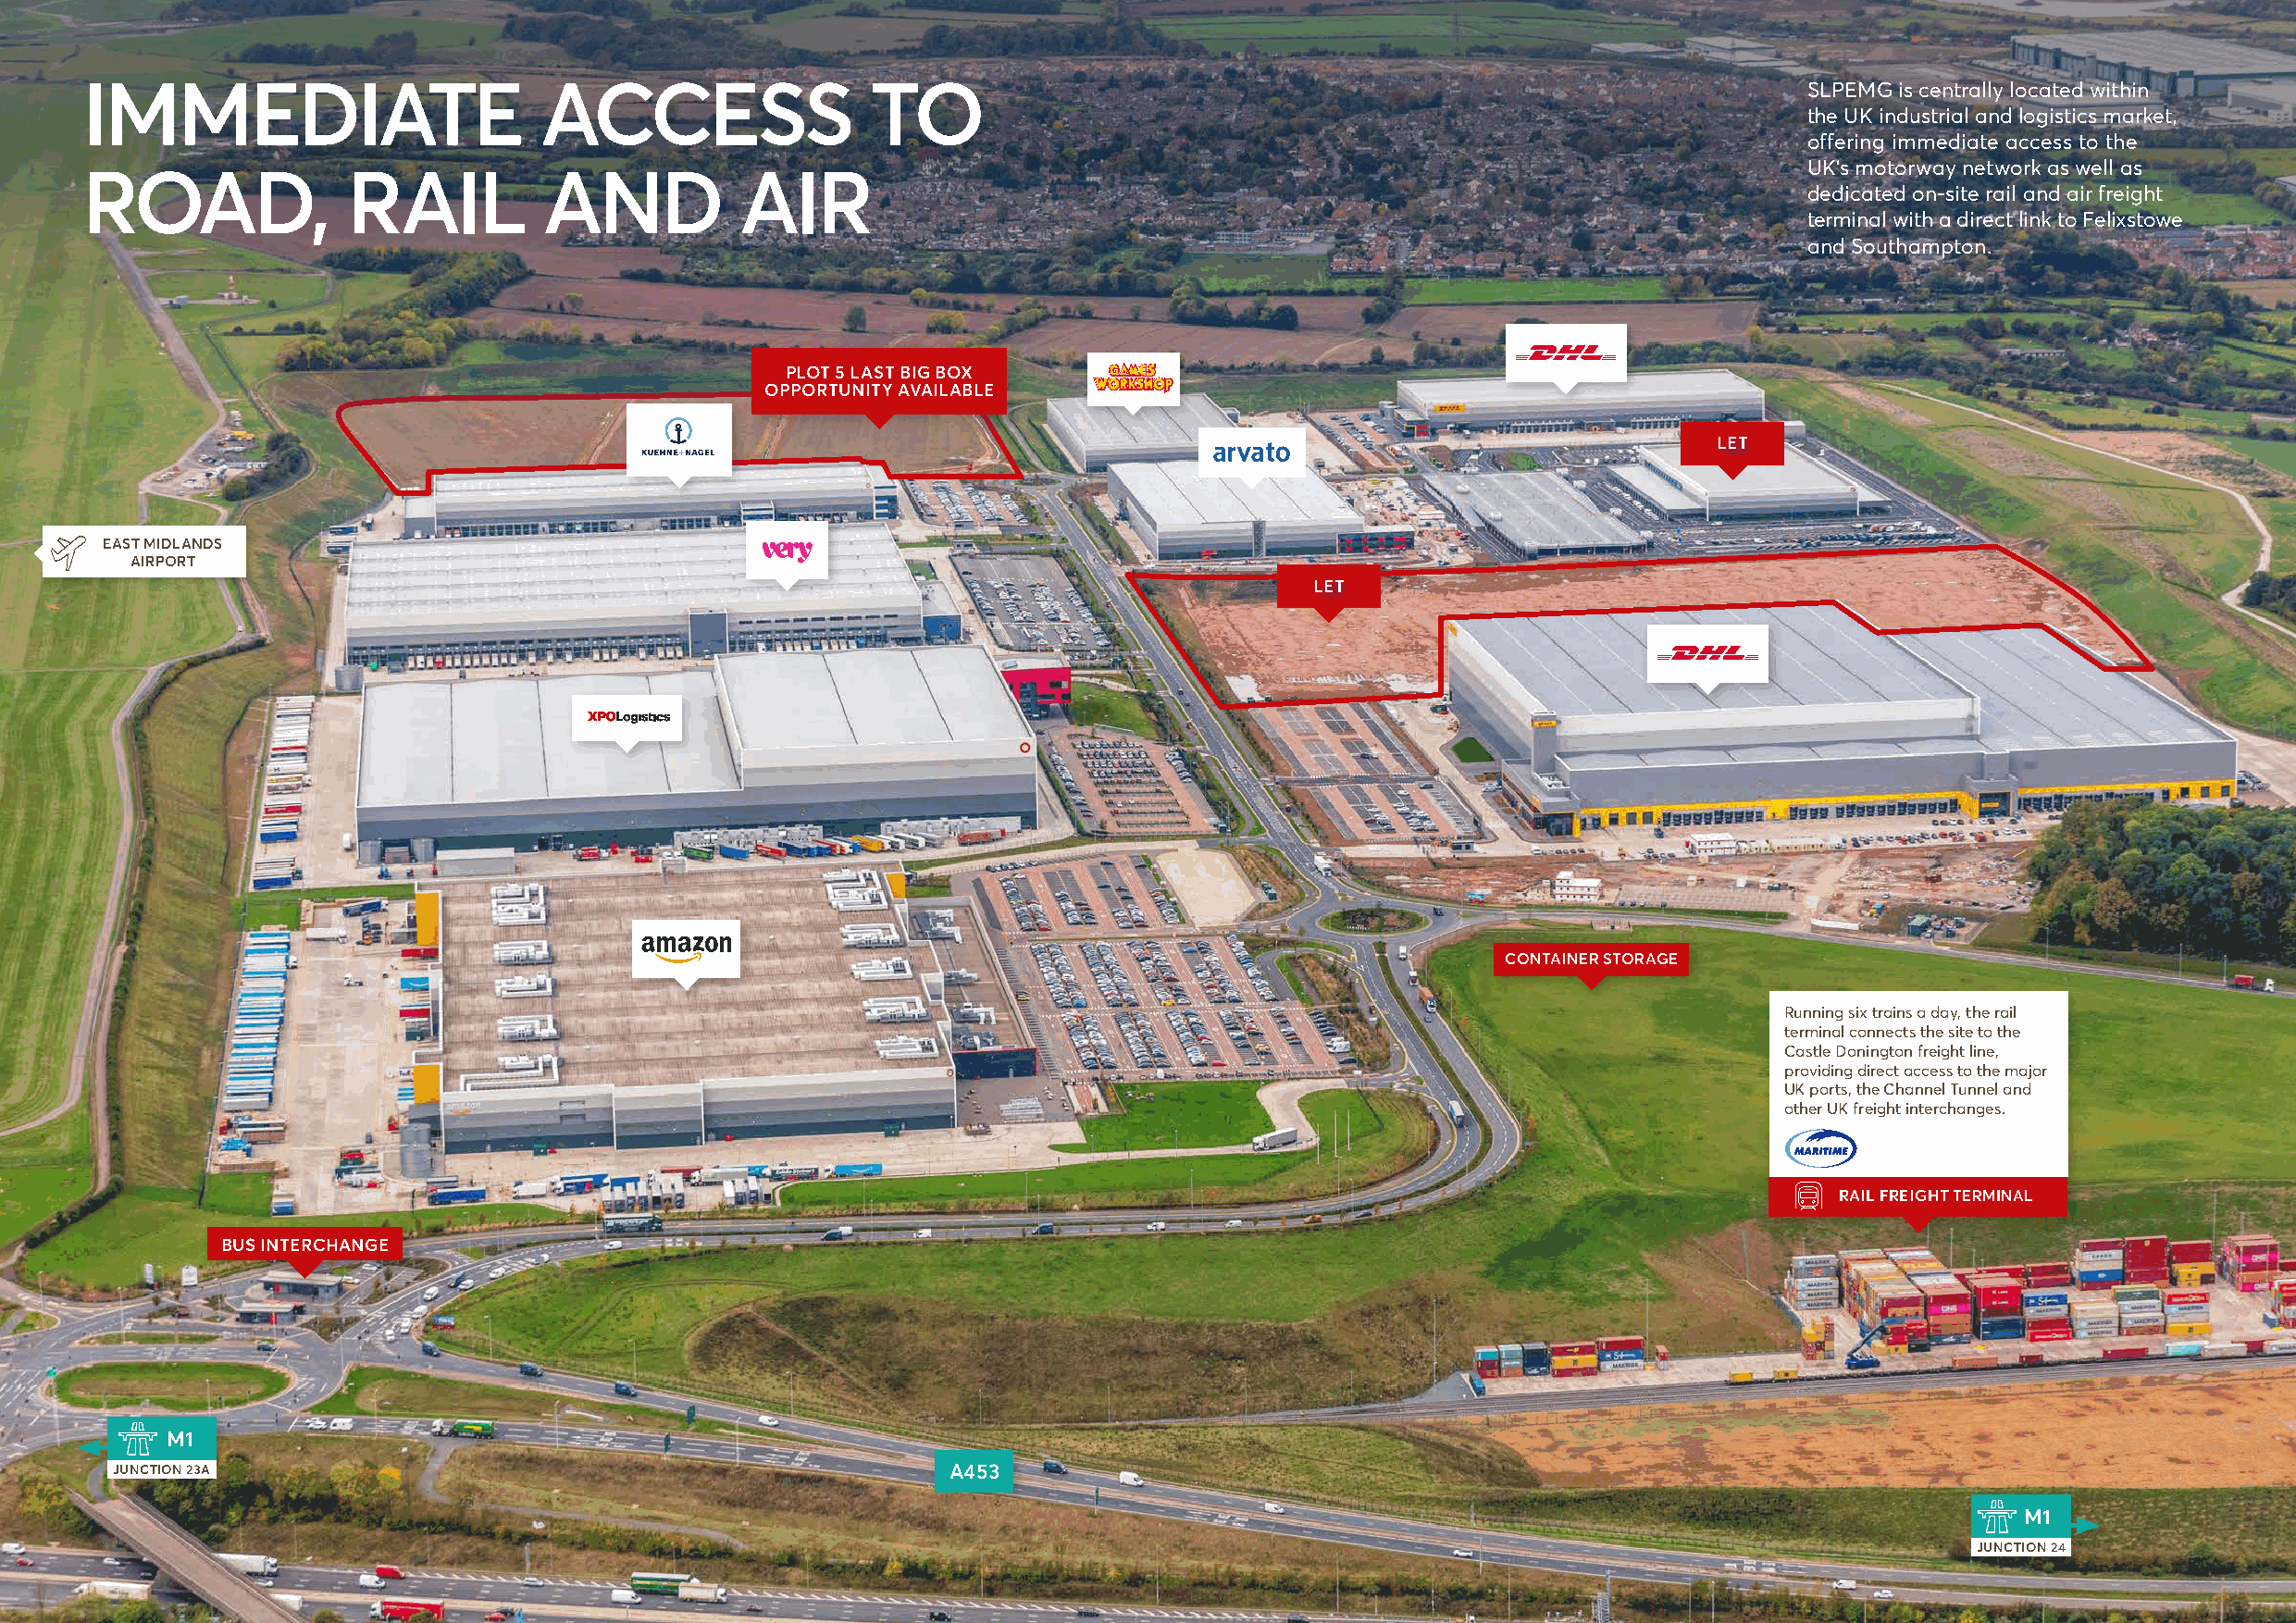
IMMEDIATE                        ACCESS                 TO                                                                 SLPEMG is centrally located within
 the UK industrial and logistics market,
 offering immediate access to the
 UK’s motorway network as well as
 ROAD,              RAIL          AND           AIR
 dedicated on-site rail and air freight
 terminal with a direct link to Felixstowe
 and Southampton.
 PLOT 5 LAST BIG BOX
 OPPORTUNITY AVAILABLE
 LET
 EAST MIDLANDS
 AIRPORT
 LET
 CONTAINER STORAGE
 Running six trains a day, the rail
 terminal connects the site to the
 Castle Donington freight line,
 providing direct access to the major
 UK ports, the Channel Tunnel and
 other UK freight interchanges.
 RAIL FREIGHT TERMINAL
 BUS INTERCHANGE
 M1
 JUNCTION 23A                                                A453
 M1
 JUNCTION 24